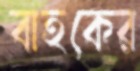
বাহকের